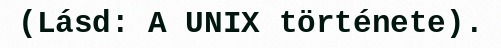
(Lásd: A UNIX története).